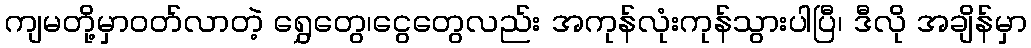
ကျမတို့မှာဝတ်လာတဲ့ ရွှေတွေ၊ငွေတွေလည်း အကုန်လုံးကုန်သွားပါပြီ၊ ဒီလို အချိန်မှာ